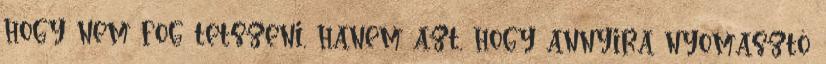
hogy nem fog tetszeni, hanem azt, hogy annyira nyomasztó